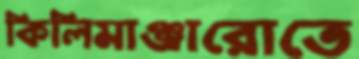
কিলিমাঞ্জারোতে